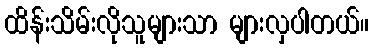
ထိန်းသိမ်းလိုသူများသာ များလှပါတယ်။